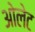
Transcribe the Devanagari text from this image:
ओलेट